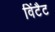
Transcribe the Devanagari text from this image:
विंटैट